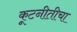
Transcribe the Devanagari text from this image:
कूटनीतीचा